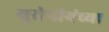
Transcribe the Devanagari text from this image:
युरोपीयंच्या